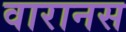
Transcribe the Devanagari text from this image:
वारानस